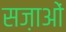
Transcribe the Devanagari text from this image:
सज़ाओं